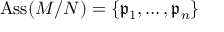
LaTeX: \operatorname { A s s } ( M / N ) = \{ { \mathfrak { p } } _ { 1 } , \dots , { \mathfrak { p } } _ { n } \}